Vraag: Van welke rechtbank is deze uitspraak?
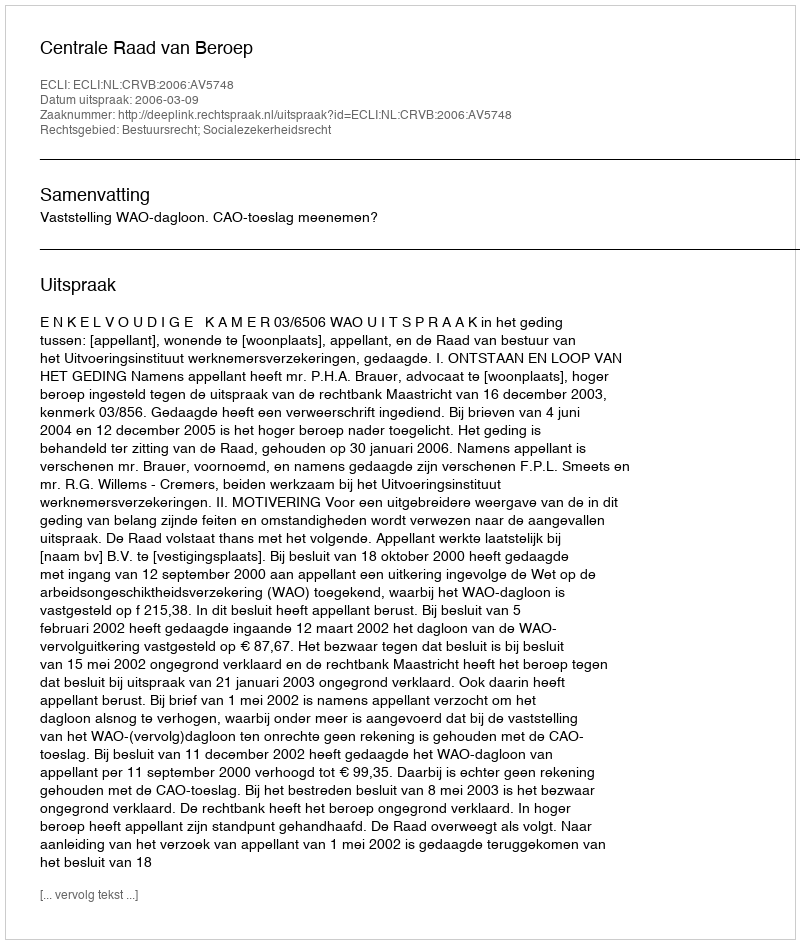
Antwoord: Centrale Raad van Beroep